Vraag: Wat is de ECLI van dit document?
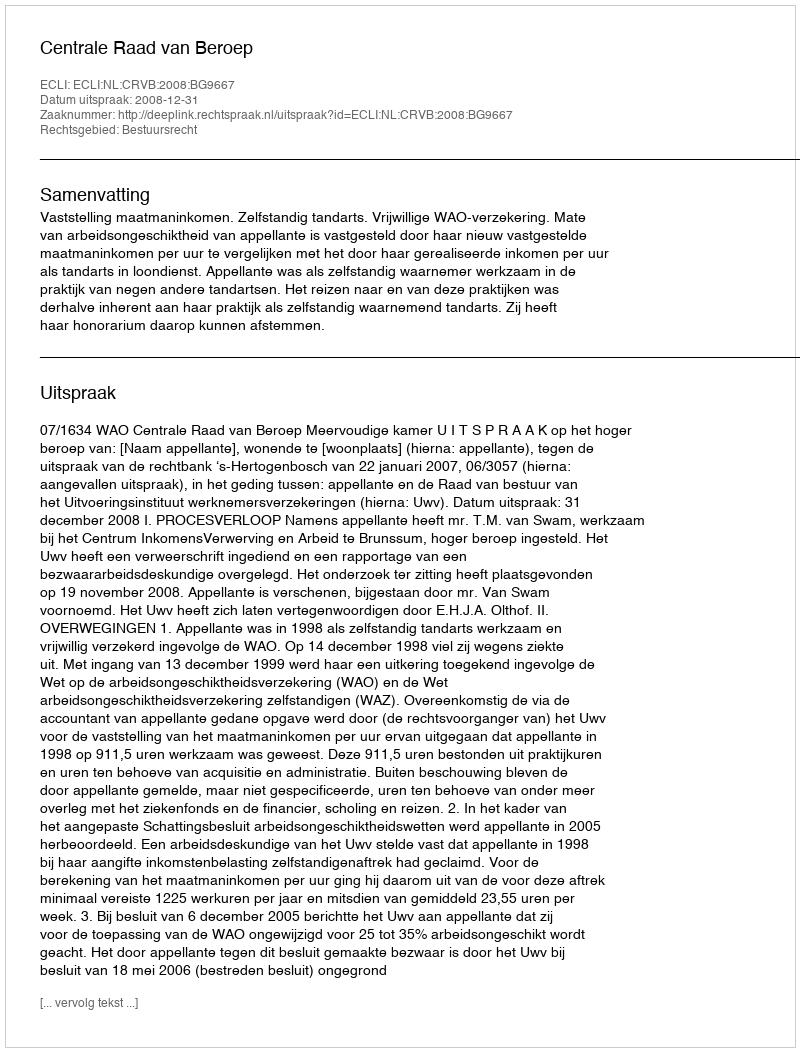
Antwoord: ECLI:NL:CRVB:2008:BG9667